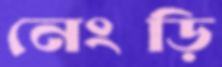
নেংড়ি